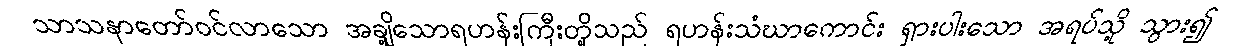
သာသနာတော်ဝင်လာသော အချို့သောရဟန်းကြီးတို့သည် ရဟန်းသံဃာကောင်း ရှားပါးသော အရပ်သို့ သွား၍